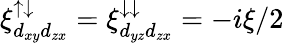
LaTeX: \xi_{d_{xy}d_{zx}}^{\uparrow\downarrow}=\xi_{d_{yz}d_{zx}}^{\downarrow\downarrow}=-i\xi/2